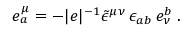
e _ { a } ^ { \mu } = - | e | ^ { - 1 } \tilde { \epsilon } ^ { \mu \nu } \, \epsilon _ { a b } \, e _ { \nu } ^ { b } \; .